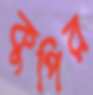
কুপির